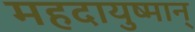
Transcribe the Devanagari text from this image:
महदायुष्मान्